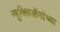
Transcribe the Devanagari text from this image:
न्यूक्लिऑनांच्या